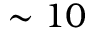
\sim 1 0